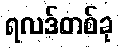
ရလဒ်တစ်ခု